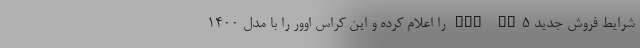
شرایط فروش جدید FMC SX5 را اعلام کرده و این کراس اوور را با مدل ۱۴۰۰